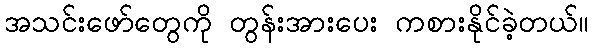
အသင်းဖော်တွေကို တွန်းအားပေး ကစားနိုင်ခဲ့တယ်။